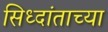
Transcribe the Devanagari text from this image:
सिध्दांताच्या